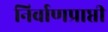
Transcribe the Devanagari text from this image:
निर्वाणप्राप्ती